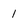
Character: 1